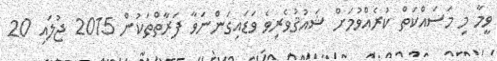
ވީމާ މި މަސައްކަތް ކުރެއްވުމަށް ޝައުޤުވެރިވެ ވަޑައިގަންނަވާ ފަރާތްތަކުން 2015 ޖުލައި 20